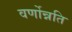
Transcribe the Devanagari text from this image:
वर्णोन्नति